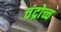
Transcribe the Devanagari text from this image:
चंद्रोच्च